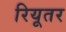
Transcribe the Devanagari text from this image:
रियूतर